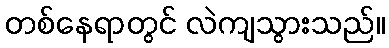
တစ်နေရာတွင် လဲကျသွားသည်။